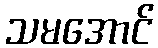
သမအောင်